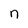
Character: n